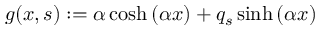
g ( x , s ) : = \alpha \cosh \left( \alpha x \right) + q _ { s } \sinh \left( \alpha x \right)